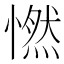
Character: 㦓